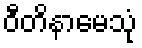
ဝီတိနာမေသုံ